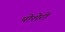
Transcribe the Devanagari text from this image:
पोशेरी